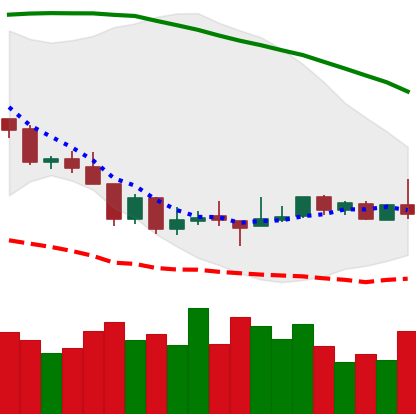
Ticker: BTC-USD
Chart end date: 2018-08-22
Forward return: 7.965%
Label: up_7plus